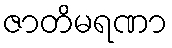
ဇာတိမရဏာ